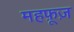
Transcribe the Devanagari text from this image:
महफ़ूज़